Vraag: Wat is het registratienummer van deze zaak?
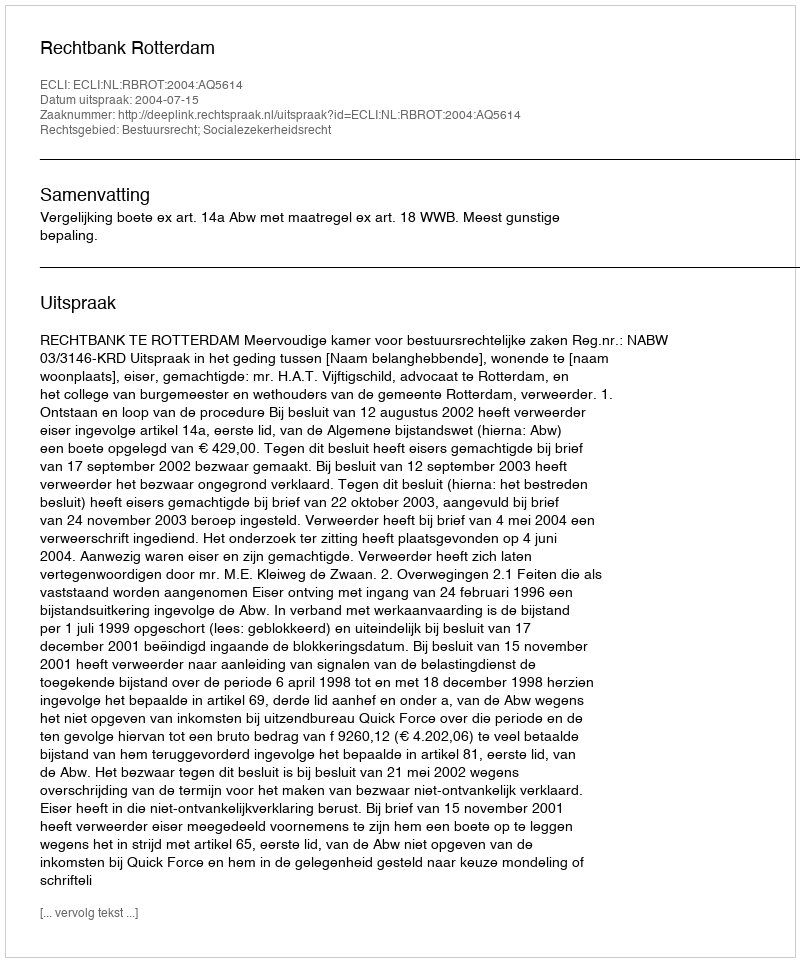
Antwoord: http://deeplink.rechtspraak.nl/uitspraak?id=ECLI:NL:RBROT:2004:AQ5614